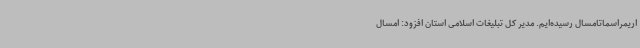
اریمراسماتامسال رسیده‌ایم. مدیر کل تبلیغات اسلامی استان افزود: امسال